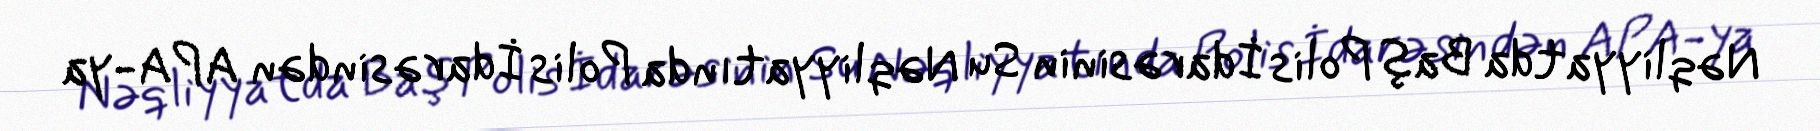
Nəqliyyatda Baş Polis İdarəsinin Su Nəqliyyatında Polis İdarəsindən APA-ya